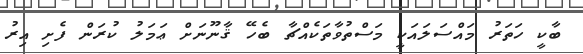
ބާކީ ހަތަރު މައްސަލައަކީ މަސްތުވާތަކެއްޗާ ބެހޭ ޤާނޫނަށް ޢަމަލު ކުރަން ފެށި އިރު